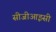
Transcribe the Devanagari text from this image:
सीजीआइसी